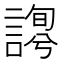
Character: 𧪱